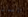
الامان